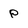
Character: p